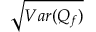
\sqrt { V a r ( Q _ { f } ) }